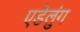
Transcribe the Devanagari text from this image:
एडेलुंग